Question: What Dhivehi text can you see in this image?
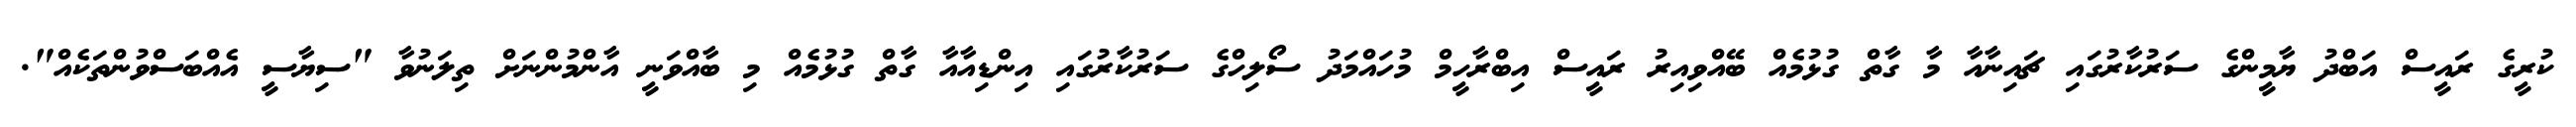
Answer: ކުރީގެ ރައީސް އަބްދު ޔާމީންގެ ސަރުކާރުގައި ޗައިނާއާ މާ ގާތް ގުޅުމެއް ބޭއްވިއިރު ރައީސް އިބްރާހީމް މުހައްމަދު ސޯލިހްގެ ސަރުކާރުގައި އިންޑިއާއާ ގާތް ގުޅުމެއް މި ބާއްވަނީ އާންމުންނަށް ތިލަނުވާ "ސިޔާސީ އެއްބަސްވުންތަކެއް".